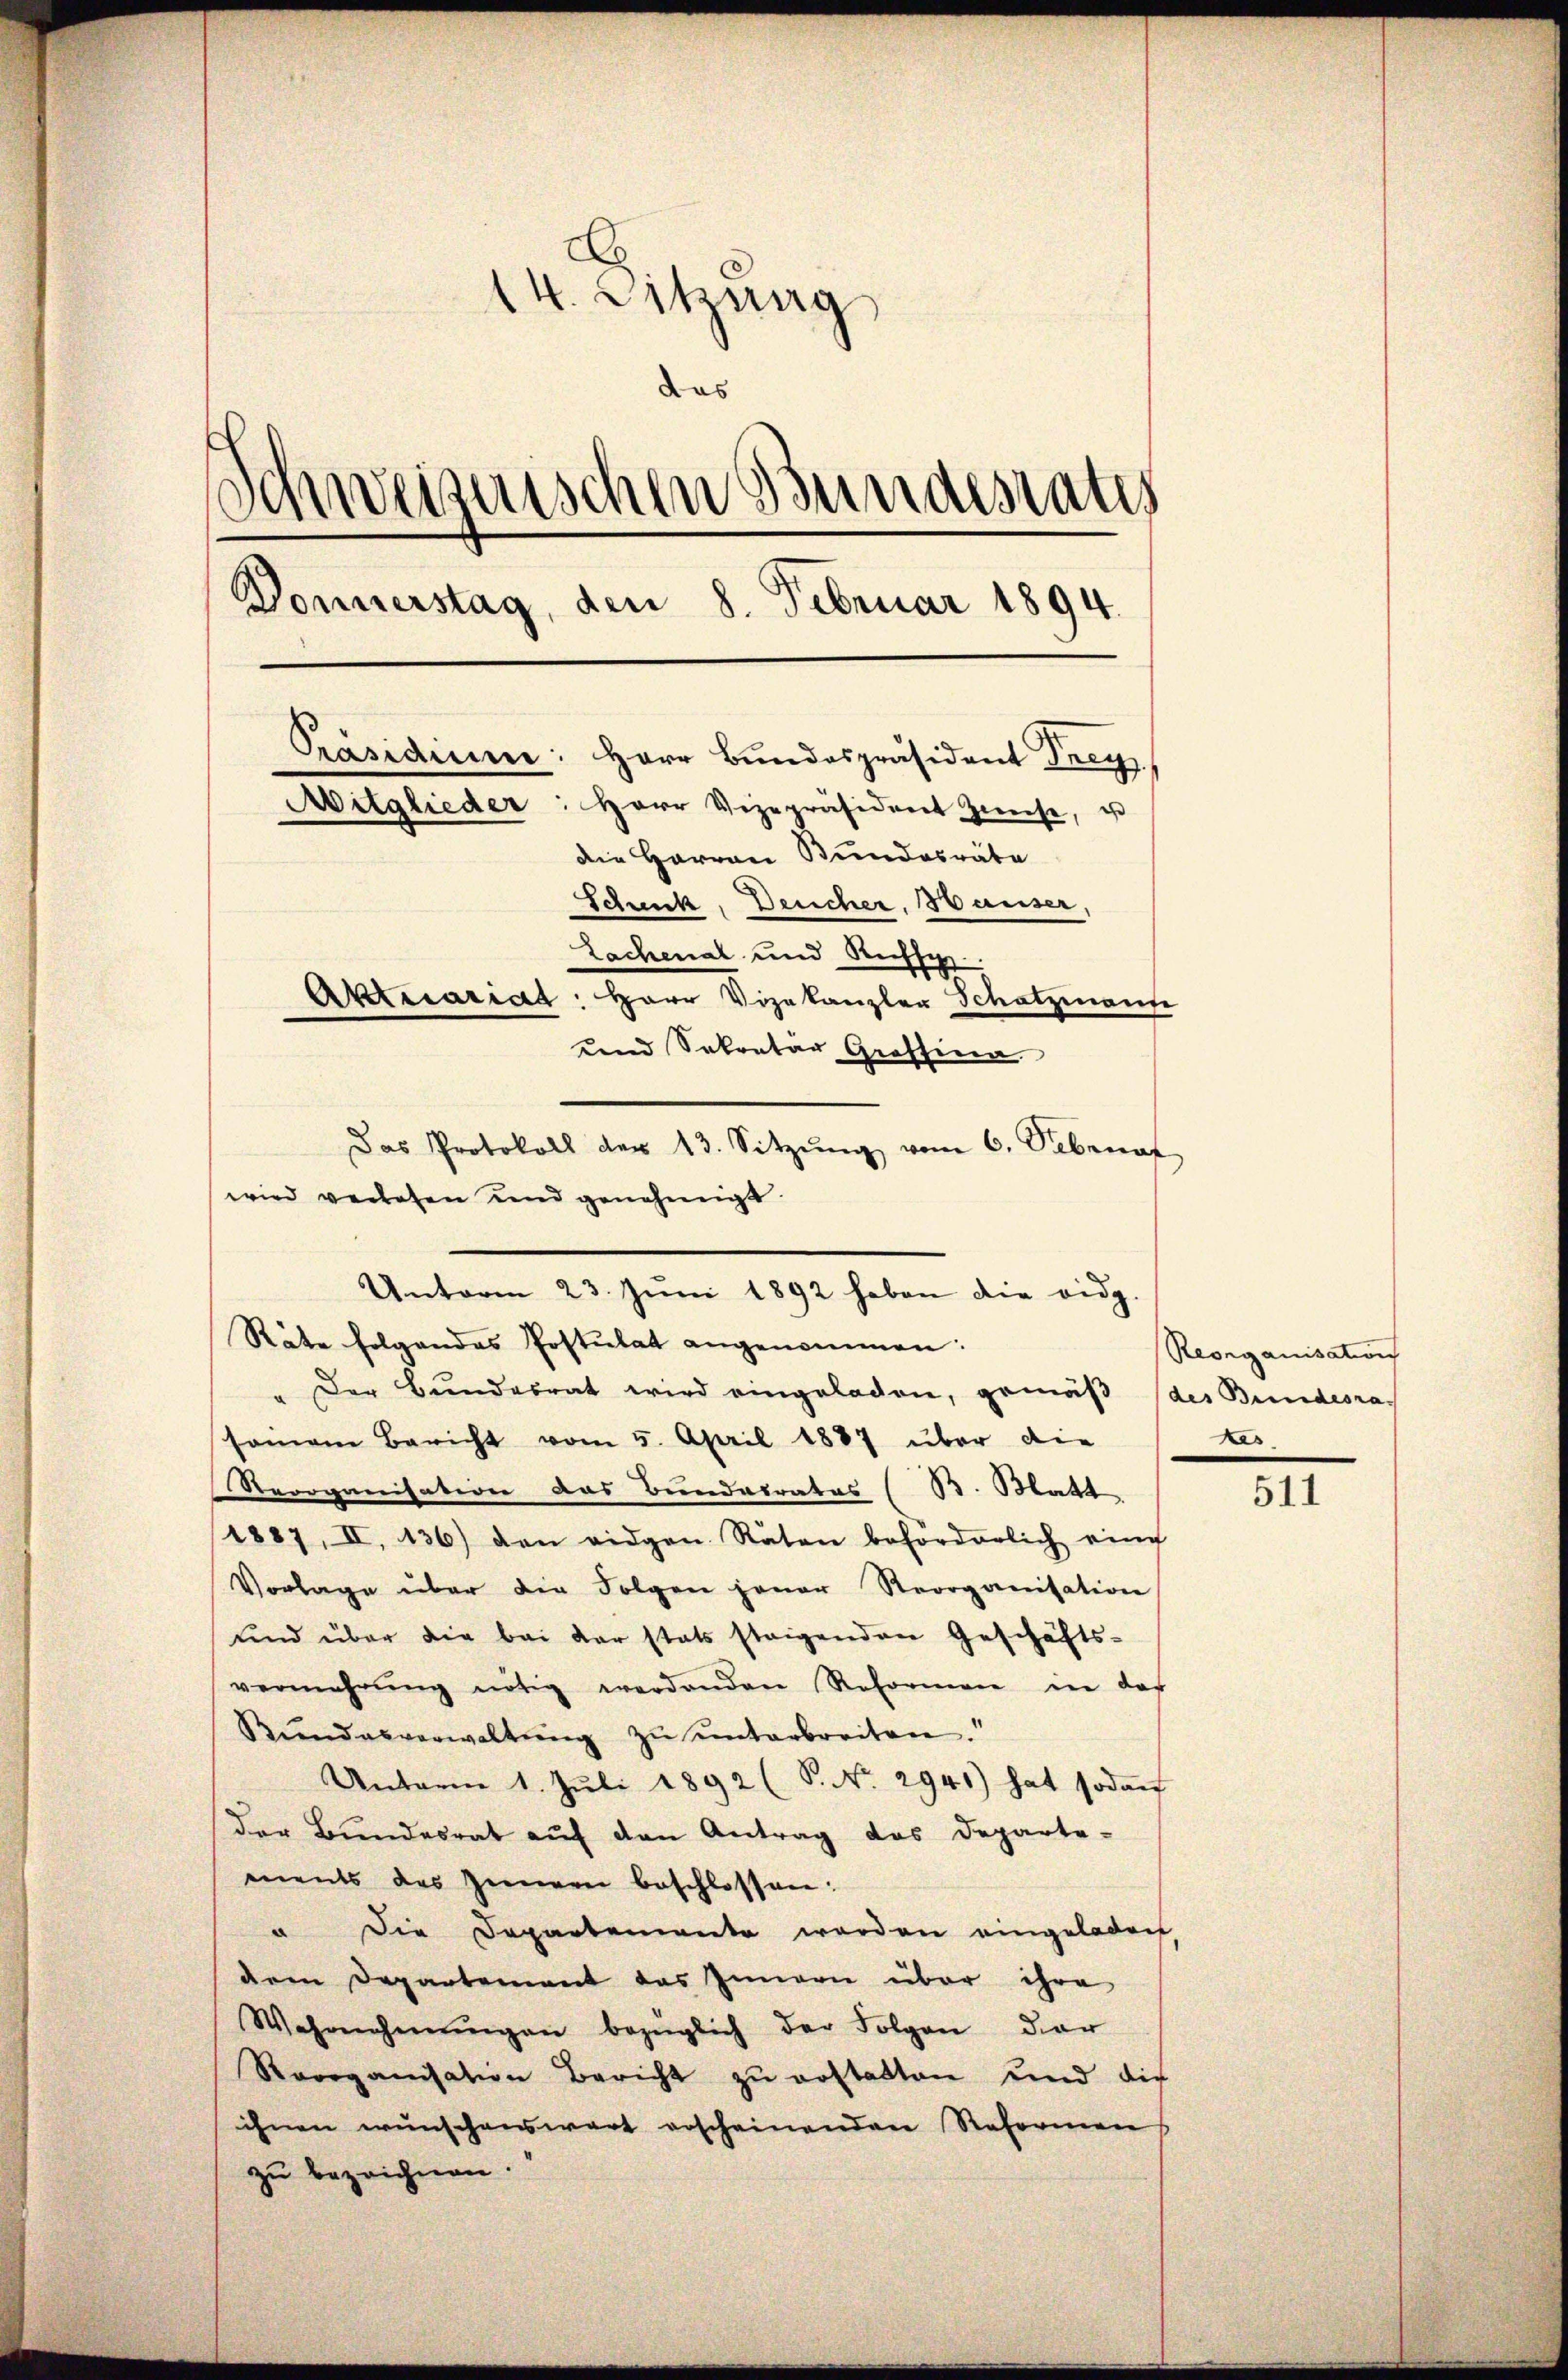
E
14. Sitzung
das
)
chweiseischen Bundesrates
Donnerstag, den 8. Februar 1894.
Präsidium: Herr Bundespräsident Frey
Mitglieder: Herr Vizepräsident Zweise, u
die Herren Bundesräte
Scheck, Deucher, Hauser,
Lachenal und Ruffy
Aktecariat: Herr Vizekanzler Schatzmann
und Sekretär Graffina

Räte folgendes Postulat angenommen:
" Der Bŭndesrat wird eingeladen, gemäβ des Bundesrasamann Bericht vom 5. April 1887 über die
Reorganisation das Bundesrates (B. Matt
1887, II. 136) den eidgen. Räten beforderlich eine
Vorlage über die Folgen jener Reorganisation
und über die bei der stats steigenden Geschäfts-
vermehrŭng nötig werdenden Reformen in der
Bŭndesverwaltŭng zu unterbreiten.“
Unterm 1. Jŭli 1892 (S. No. 2941) hat sodan
der Bŭndesrat aŭf den Antrag das Departe-
ments des Innen beschlossen:
u die Departemente werden eingeladen
dem Departement das Innern über ihre
Wahrnehmŭngen bezüglich der Folgen dar
Reorganisation Bericht zŭ erstatten und die
ihnen wünschenswart erscheinenden Reformen
zu bezeichnen.

Das Protokoll der 13. Sitzŭng vom 6. Sebruar
wird verlesen und genehmigt.
Unterm 23. Jŭni 1892 haben die eidg.

Reorganisation
Les

511